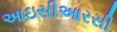
આઇસીઆરસી